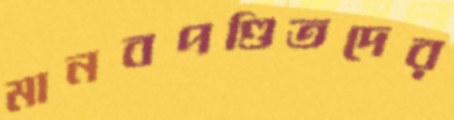
মানবপণ্ডিতদের